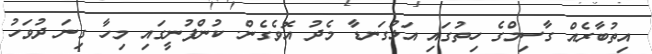
އިތުބާރެއް ގާސިމްގެ ހިތުގައި އަޅުގަނޑާ މެދު އޮވެގެން. ކުންފުނީގައި މިހާ ގިނަ ދުވަހު